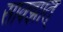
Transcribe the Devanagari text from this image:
साक्झात्